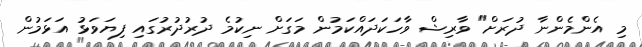
މި އެންމެންނާ ދުރަށް" ވާރިޝް ވާހަކަދައްކަމުން މަގަށް ނިކުމެ ދުރުދުރުގައި ފިޔަވަޅު އަޅަމުން